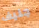
جنيف